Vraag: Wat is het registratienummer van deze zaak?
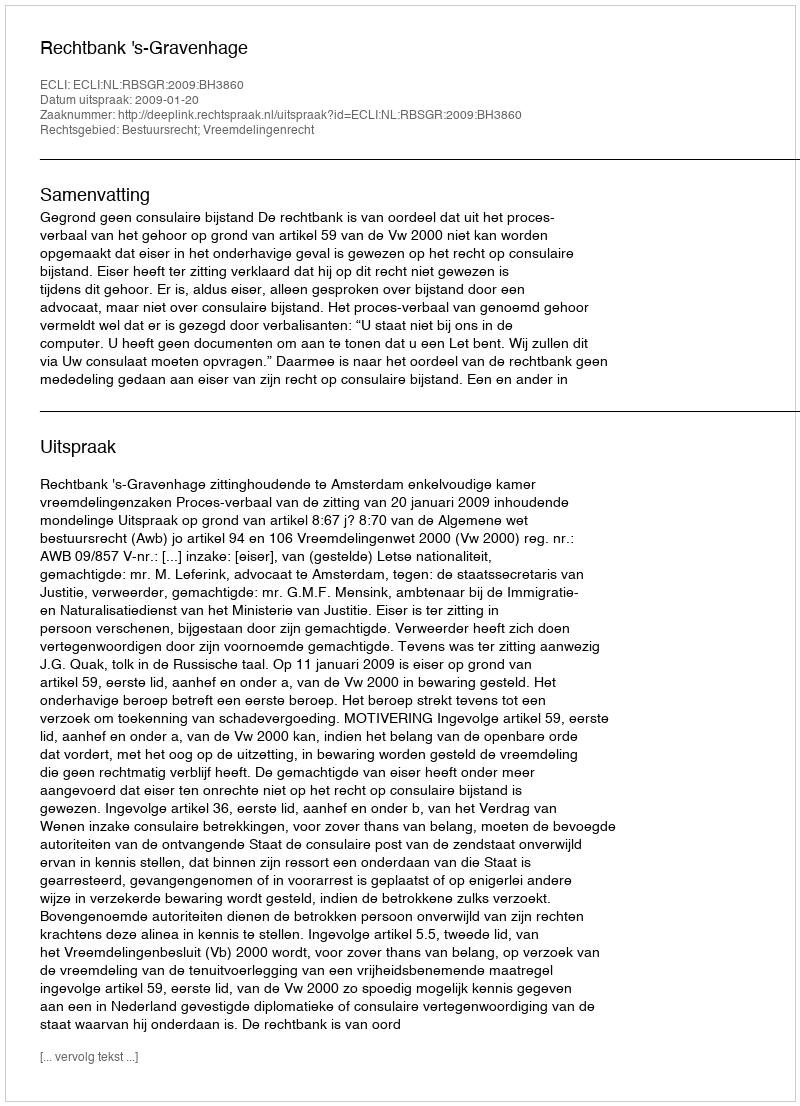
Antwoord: http://deeplink.rechtspraak.nl/uitspraak?id=ECLI:NL:RBSGR:2009:BH3860